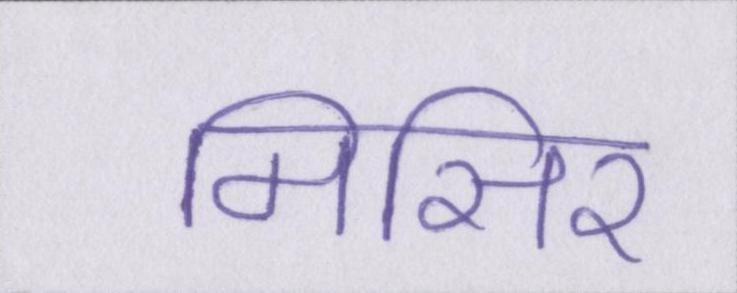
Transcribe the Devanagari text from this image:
मिसिर